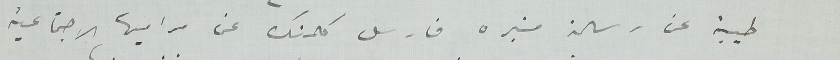
طيبة عن رسالة منبره فارسل كلمتك عن مراميها الاجتماعية